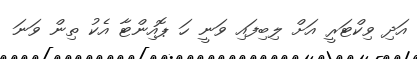
އަދި ވިކްޓަރީ އަށް ލިބިފައި ވަނީ ހަ ޕޮއިންޓާ އެކު ތިން ވަނަ